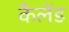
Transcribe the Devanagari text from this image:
कैलेंड